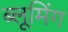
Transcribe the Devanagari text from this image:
ब्लूमिंग